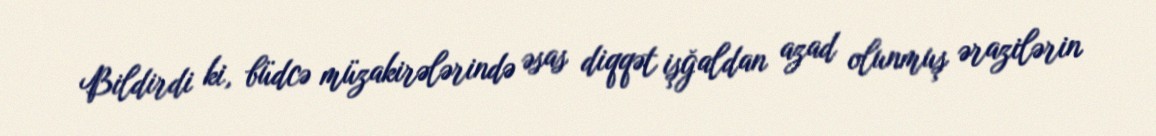
Bildirdi ki, büdcə müzakirələrində əsas diqqət işğaldan azad olunmuş ərazilərin